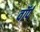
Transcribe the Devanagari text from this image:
वॉर्प